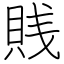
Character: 賎